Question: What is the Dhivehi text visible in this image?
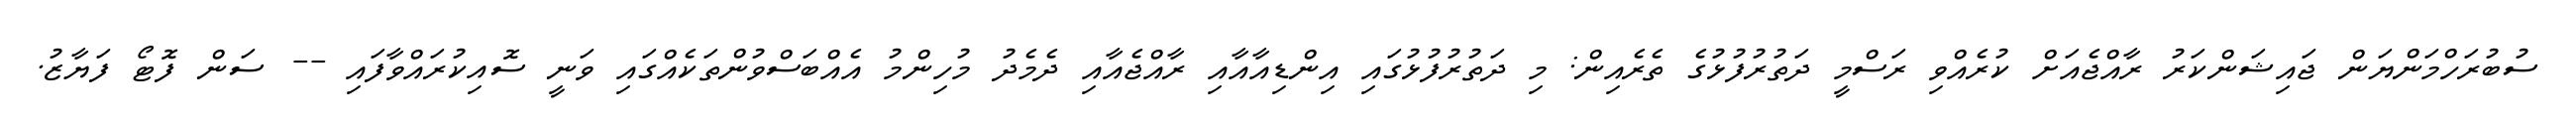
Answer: ސުބުރަހްމަންޔަން ޖައިޝަންކަރު ރާއްޖެއަށް ކުރެއްވި ރަސްމީ ދަތުރުފުޅުގެ ތެރެއިން: މި ދަތުރުފުޅުގައި އިންޑިއާއާއި ރާއްޖެއާއި ދެމެދު މުހިންމު އެއްބަސްވުންތަކެއްގައި ވަނީ ސޮއިކުރައްވާފައި -- ސަން ފޮޓޯ ފަޔާޒު.